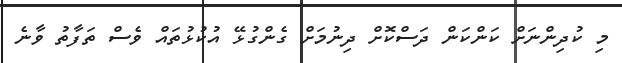
މި ކުދިންނަށް ކަންކަން ދަސްކޮށް ދިނުމަށް ގެންގުޅޭ އުކުޅުތައް ވެސް ތަފާތު ވާނެ